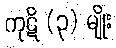
ကုဋိ (၃) မျိုး